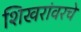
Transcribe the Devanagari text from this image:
शिखरांवरचे